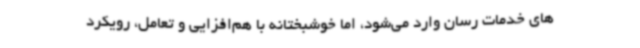
های خدمات رسان وارد می‌شود، اما خوشبختانه با هم‌افزایی و تعامل، رویکرد